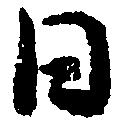
日